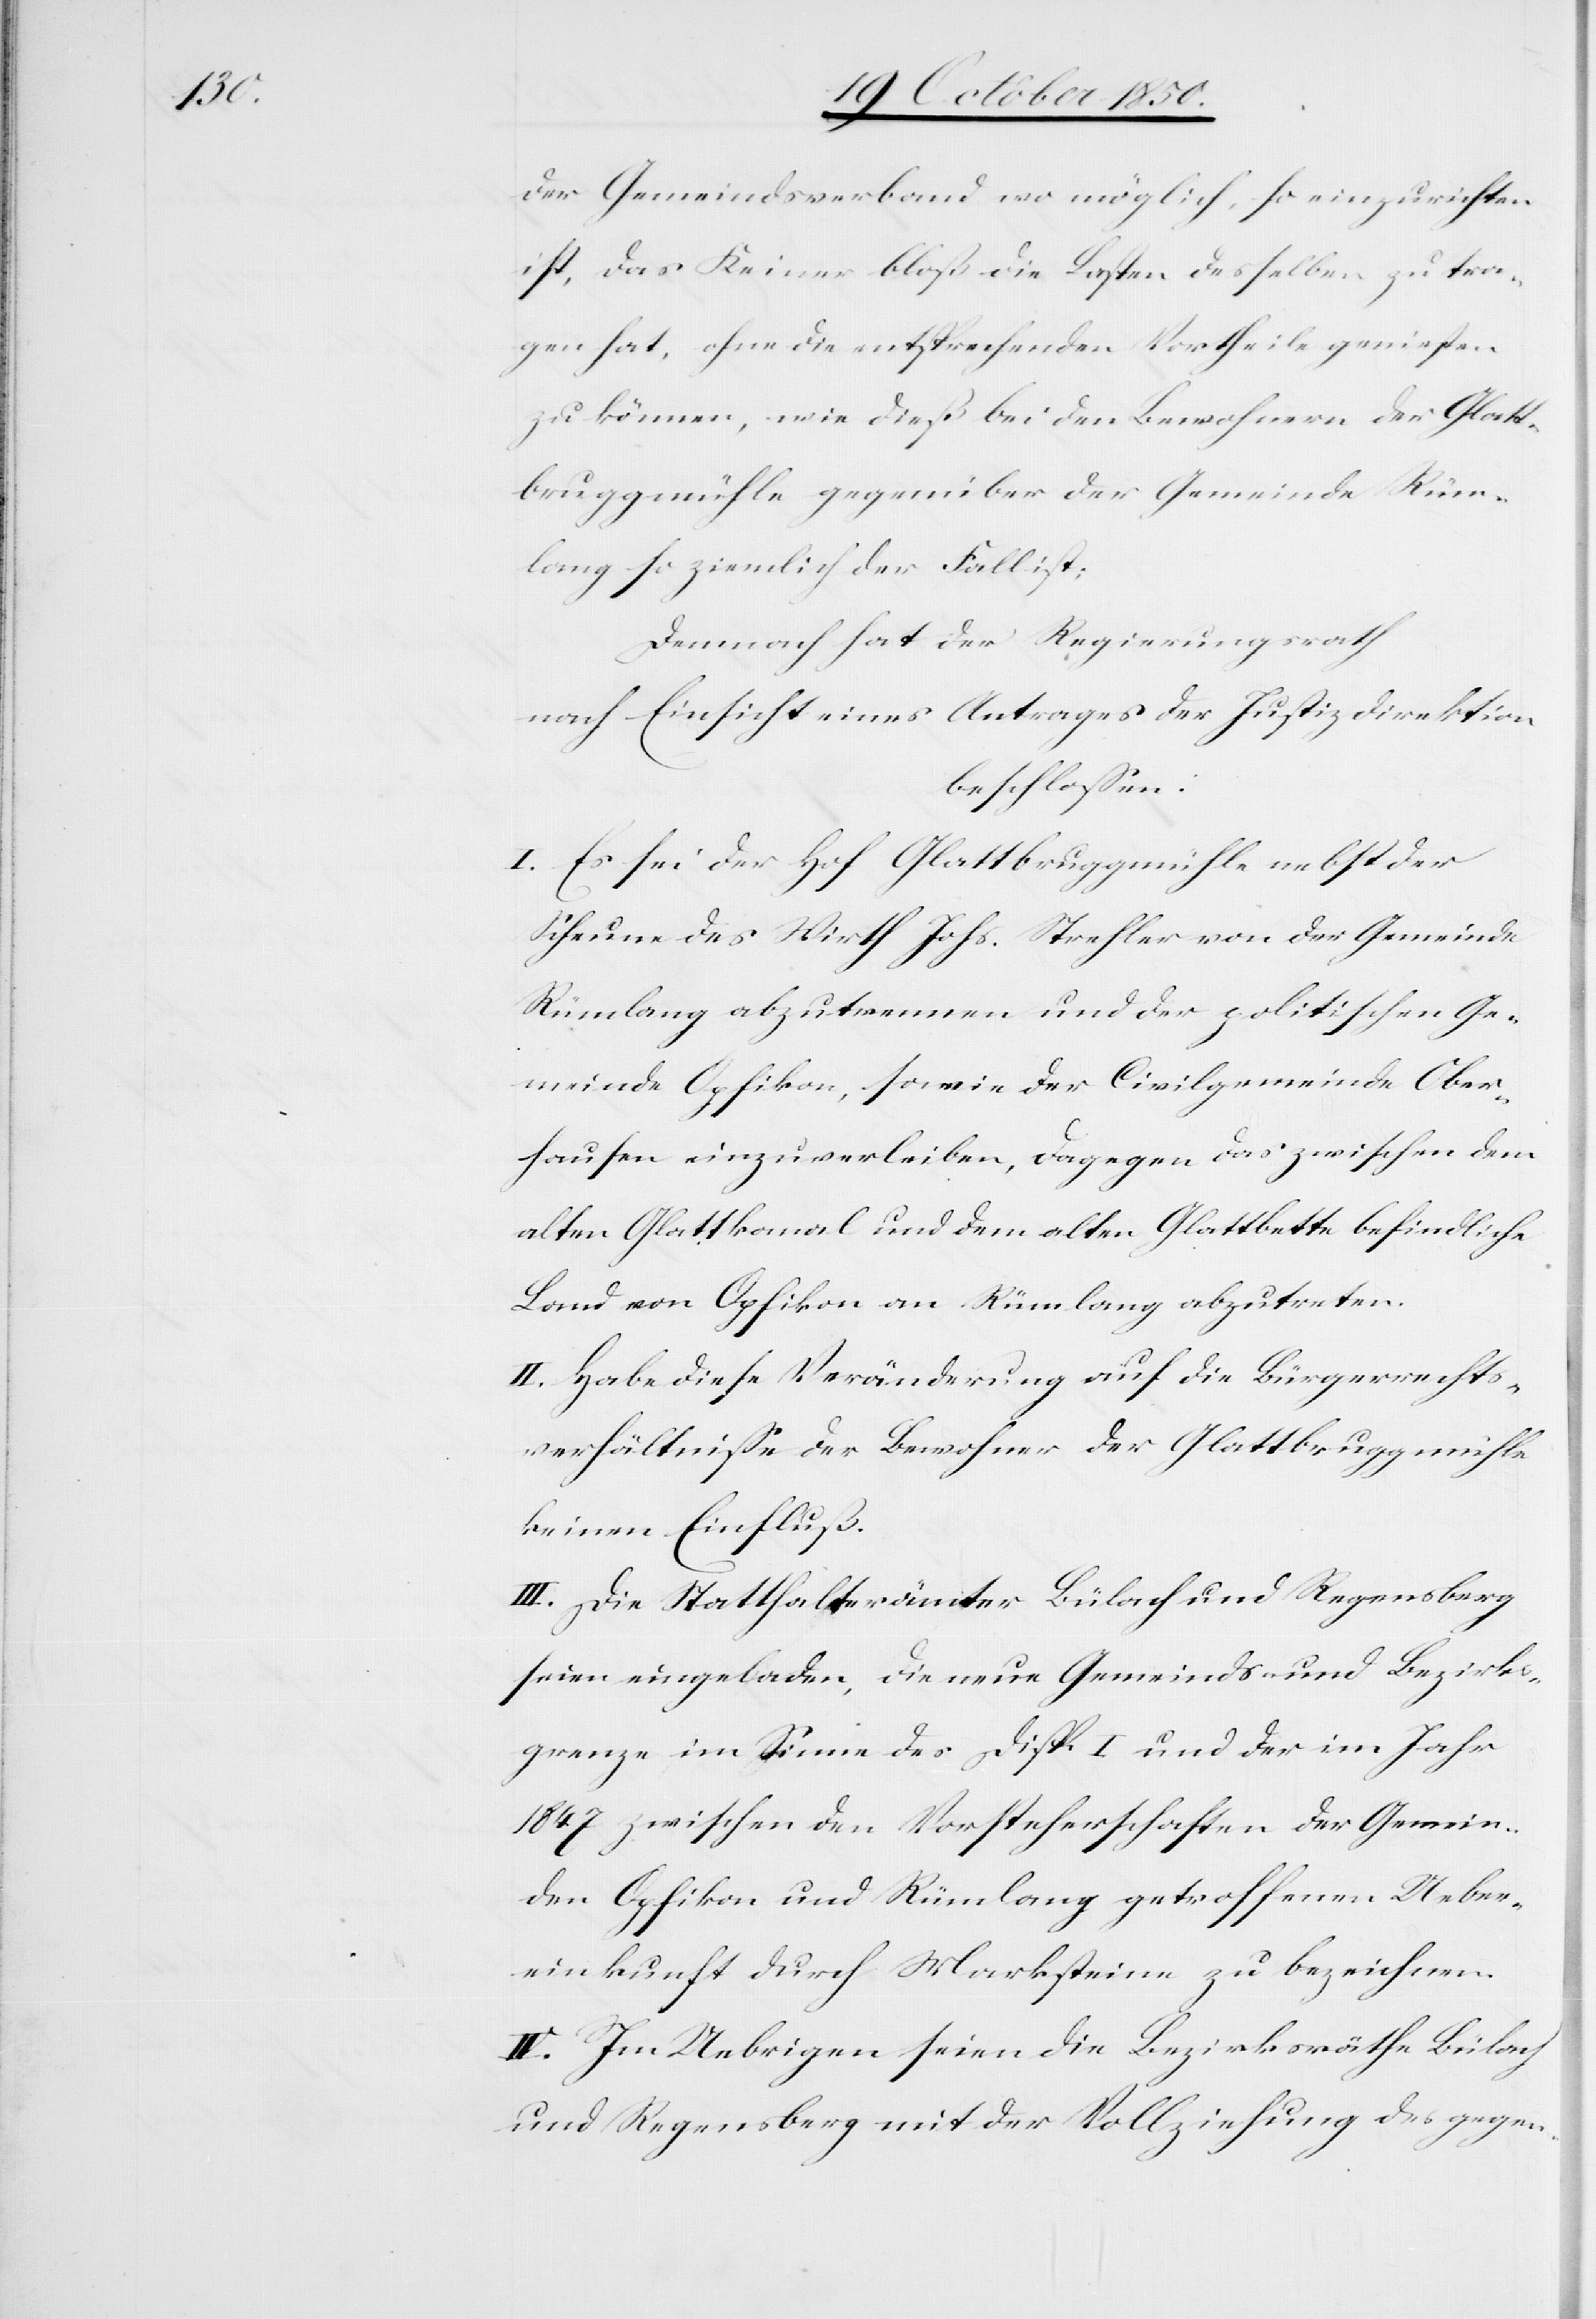
der Gemeindsverband wo möglich, so einzurichten
ist, das Keiner bloß die Lasten desselben zu tra¬
gen hat, ohne die entsprechenden Vortheile geniessen
zu können, wie dieß bei den Bewohnern der Glatt¬
bruggmühle gegenüber der Gemeinde Rüm¬
lang so ziemlich der Fall ist;
Demnach hat der Regierungsrath
nach Einsicht eines Antrages der Justiz Direktion
beschlossen:
I. Es sei der Hof Glattbruggmühle nebst der
Scheune des Wirth Johs. Strehler von der Gemeinde
Rümlang abzutrennen und der politischen Ge¬
meinde Opfikon, so wie der Civilgemeinde Ober¬
hausen einzuverleiben, dagegen das zwischen dem
alten Glattkanal und dem alten Glattbette befindliche
Land von Opfikon an Rümlang abzutreten.
II. Habe diese Veränderung auf die Bürgerrechts¬
verhältnisse der Bewohner der Glattbruggmühle
keinen Einfluß.
III. Die Statthalterämter Bülach und Regensberg
seien eingeladen, die neue Gemeinds- und Bezirks¬
grenze im Sinne des Disp. I. und der im Jahr
1847 zwischen den Vorsteherschaften der Gemein¬
den Opfikon und Rümlang getroffenen Ueber¬
einkunft durch Marksteine zu bezeichnen.
IV. Im Uebrigen seien die Bezirksräthe Bülach
und Regensberg mit der Vollziehung des gegen-